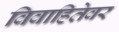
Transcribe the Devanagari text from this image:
विवाहितेवर